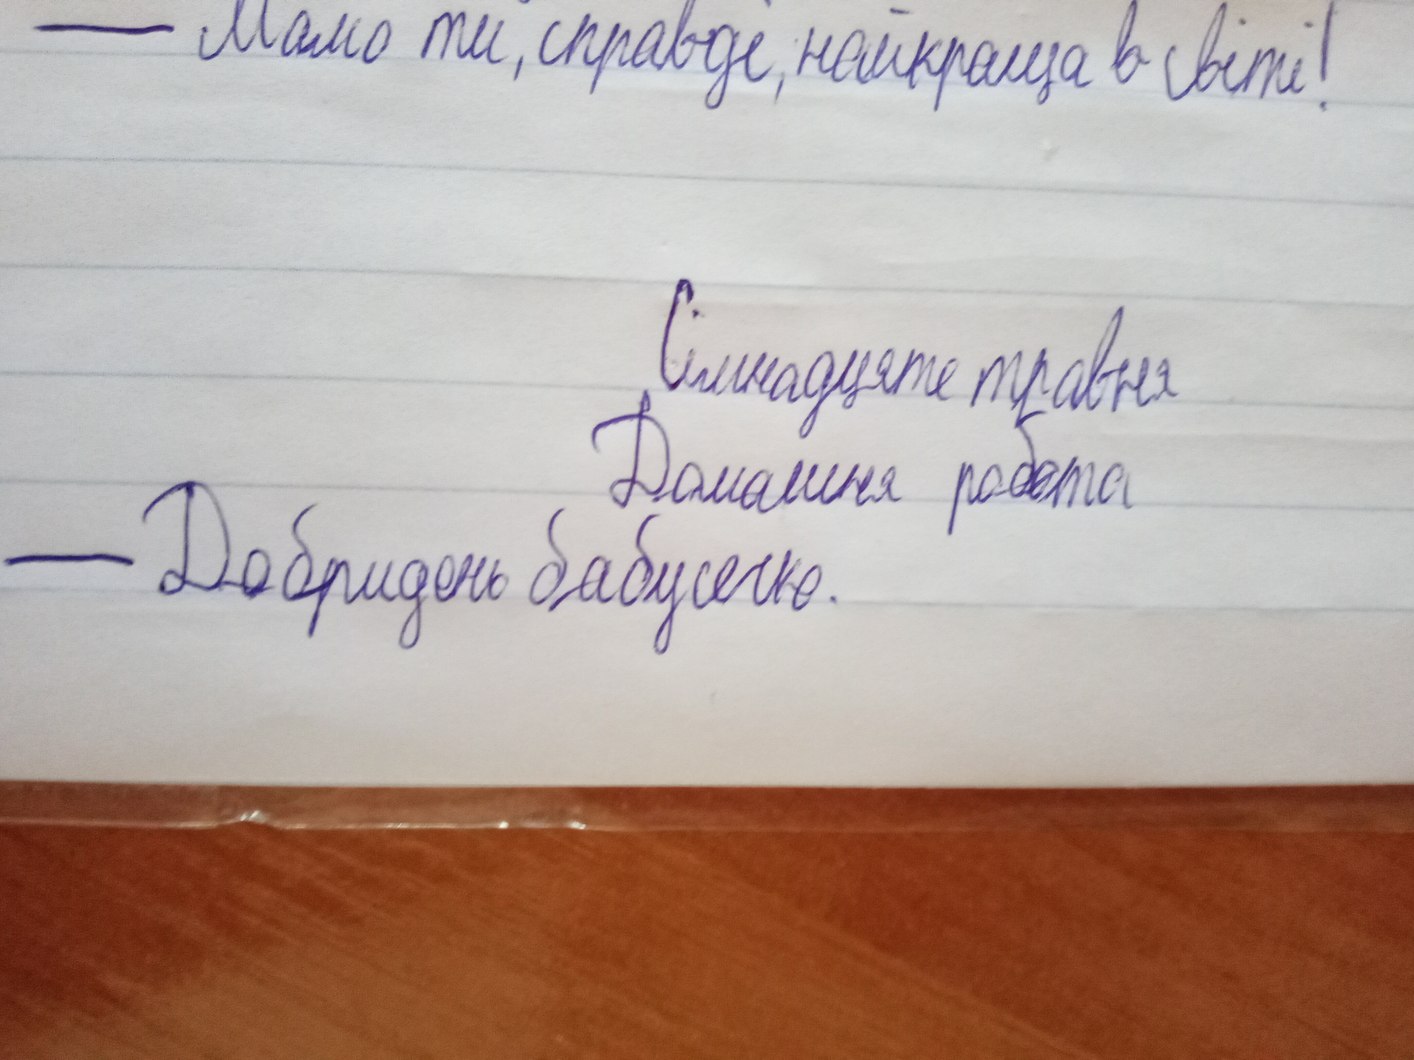
— Мамо ти, справді, найкраща в світі!
Сімнадцяте травня
Домашня робота
- Добридень бабусечко.